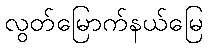
လွတ်မြောက်နယ်မြေ